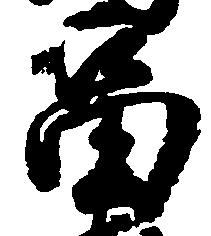
富